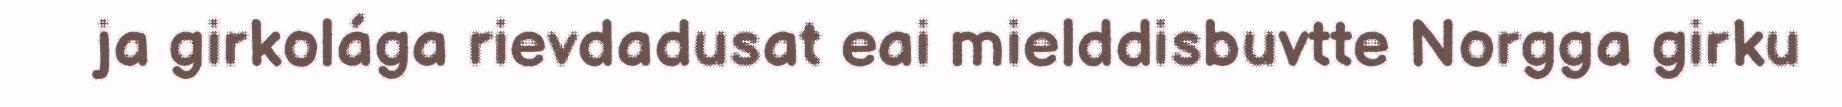
ja girkolága rievdadusat eai mielddisbuvtte Norgga girku